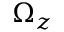
\Omega _ { z }